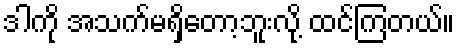
ဒါကို အသက်မရှိတော့ဘူးလို့ ထင်ကြတယ်။